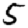
Digit: 5